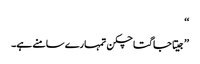
‘‘
’’جیتا جاگتا چکن تمہارے سامنے ہے۔